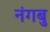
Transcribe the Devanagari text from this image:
नंगबु